Vaccination in Burma 1912-1922 - 1912-1922
Year: 1912
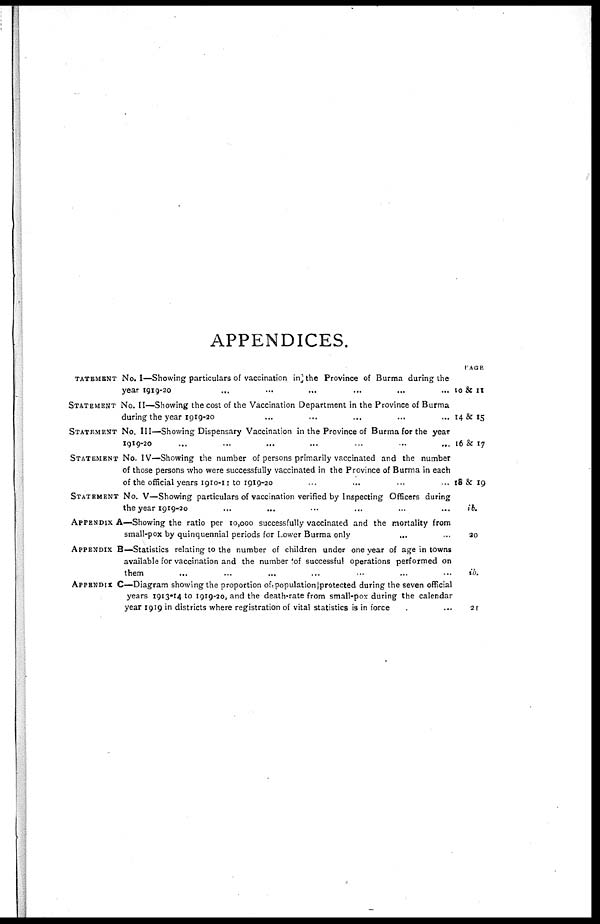
APPENDICES.
TATEMENT No. I—Showing particulars of vaccination in] the Province of Burma during the
year
1919-20...
...
...
STATEMENT No. II—Showing the cost of the Vaccination Department in the Province of Burma
during the year 1919-20... ... ...
STATEMENT No. III—Showing Dispensary Vaccination in the Province of Burma for the year
1910-20
...
...
...
...
STATEMENT No. IV—Showing the number of persons primarily vaccinated and the number
of those persons who were successfully vaccinated in the Province of Burma in each
of the official years 1910-11 to 1919-20... ... ...
STATEMENT No. V—Showing particulars of vaccination verified by Inspecting Officers during
the year 1919-20... ... ...
APPENDIX A—Showing the ratio per 10,000 successfully vaccinated and the mortality from
small-pox by quinquennial periods for Lower Burma only... ... ... ...
APPENDIX B—Statistics relating to the number of children under one year of age in towns
available for vaccination and the number of successful operations performed on
them... ... ... ...
APPENDIX C—Diagram showing the proportion of population protected during the seven official
years 1913-14 to 1919-20, and the death-rate from small-pox during the calendar
year 1919 in districts where registration of vital statistics is in force... ...
PAGE
10 & 11
14&15
16 & 17
18 & 19
ib.
20
ib.
21